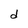
Character: d